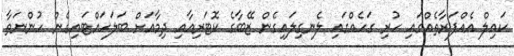
ކައިލް އެއްފަރާތެއްގައި ހުރި ގަހެއްގައި ލެނގިލައިގެން ޒޭބާގެ ކޮޓަރިއާއި ދިމާއަށް ބަލަހައްޓައިގެން ހުންނަތާ